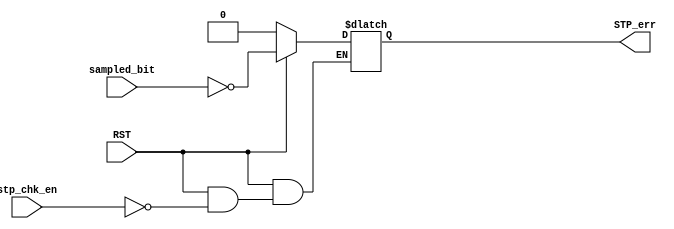
module STP_CHK (
    input wire stp_chk_en ,
    input wire RST ,
    input wire sampled_bit,
    output reg STP_err 
);
    

always @(*) 
begin
    if (!RST) 
        begin
        STP_err=0;
        end
    else
        begin
            if (stp_chk_en) 
            begin
            STP_err=!sampled_bit;
            end
            else
            STP_err=STP_err;
        end

end

endmodule